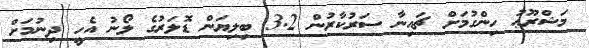
މަޝްރޫޢު ހިންގުމަށް ޗައިނާ ސަރުކާރުން 3.2 ބިލިޔަން ޑޮލަރުގެ ލޯނު އެހީ ދިނުމަށް